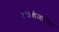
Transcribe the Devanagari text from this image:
त्याशेजारील